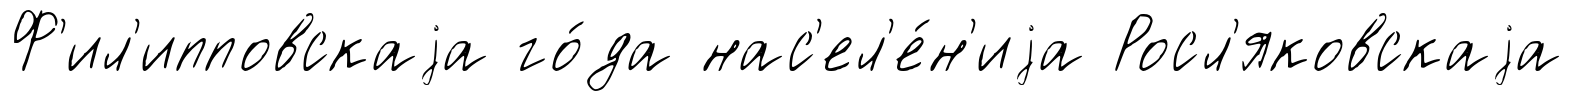
Ф'ил'ипповскаjа го́да нас'ел'е́н'иjа Росл'яковскаjа